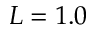
L = 1 . 0